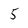
Character: 5